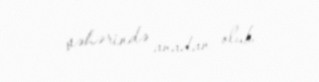
şəhərində anadan olub.